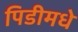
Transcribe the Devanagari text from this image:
पिडीमधे